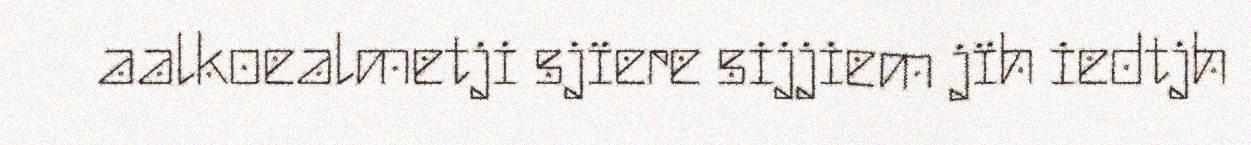
aalkoealmetji sjïere sijjiem jïh iedtjh